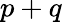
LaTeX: p+q